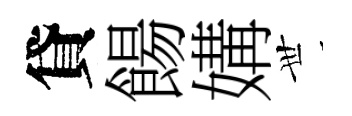
貸餳媾𠀍